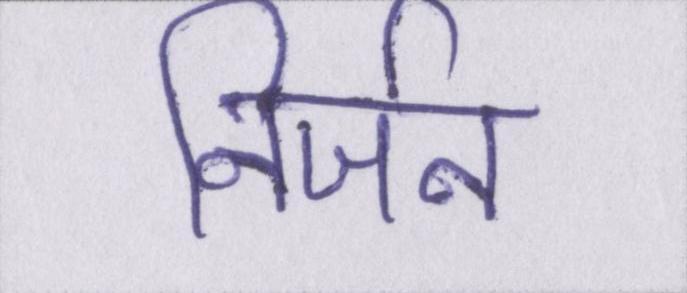
निर्जन